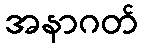
အနာဂတ်